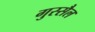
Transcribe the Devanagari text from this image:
गुस्‍सैल